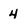
Character: 4